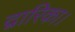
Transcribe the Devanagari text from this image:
द्वारिका।